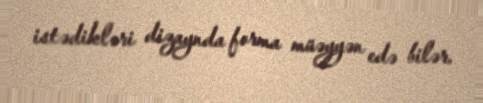
istədikləri dizaynda forma müəyyən edə bilər.